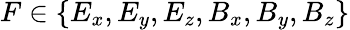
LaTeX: F\in\{ E_{x},E_{y},E_{z},B_{x},B_{y},B_{z}\}